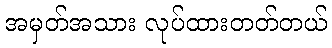
အမှတ်အသား လုပ်ထားတတ်တယ်